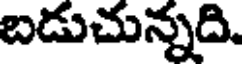
బడుచున్నది.